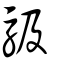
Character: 馺